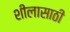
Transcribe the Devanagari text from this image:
शीलासाठी